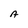
Character: A